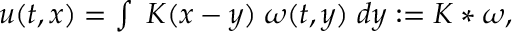
\begin{array} { r } { u ( t , x ) = \int \; K ( x - y ) \; \omega ( t , y ) \; d y : = K \ast \omega , } \end{array}